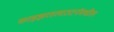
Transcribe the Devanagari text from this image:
काइझरस्लाउटर्नमधील